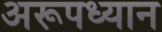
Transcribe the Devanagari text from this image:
अरूपध्यान